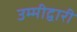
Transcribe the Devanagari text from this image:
उम्मीद्वारी